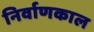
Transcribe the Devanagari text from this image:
निर्वाणकाल